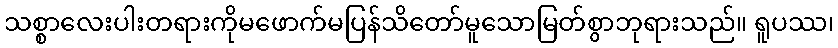
သစ္စာလေးပါးတရားကိုမဖောက်မပြန်သိတော်မူသောမြတ်စွာဘုရားသည်။ ရူပဿ၊